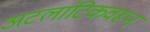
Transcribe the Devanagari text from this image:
अटलांटिकवरून